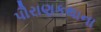
પૌરાણકથાના